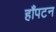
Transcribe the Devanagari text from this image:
हाँपटन